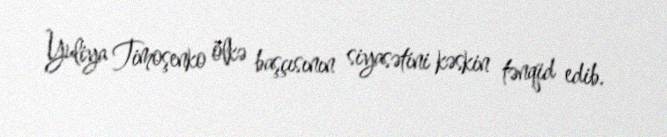
Yuliya Timoşenko ölkə başçısının siyasətini kəskin tənqid edib.